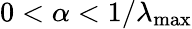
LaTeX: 0<\alpha<1/\lambda_{\mathrm{max}}